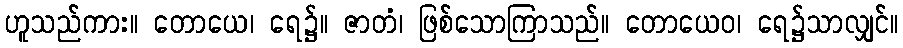
ဟူသည်ကား။ တောယေ၊ ရေ၌။ ဇာတံ၊ ဖြစ်သောကြာသည်။ တောယေဝ၊ ရေ၌သာလျှင်။